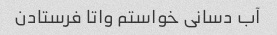
آب دسانی خواستم واتا فرستادن